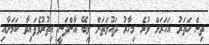
ތިން ހަތަރު އަހަރަށް ވުރެ މިހާރު ދައުލަތަށް ލިބޭ އާންދަނީ އިތުރުވެފައިވާ ކަމަށާއި